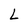
Character: L